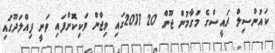
ކައުންސިލް ރައީސްގެ މަގާމުން ޖޫން 20 2011ގައި ވިޖާން ވަކިކޮށްފައި ވަނީ ފިއްލަދޫގައި